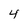
Character: 4